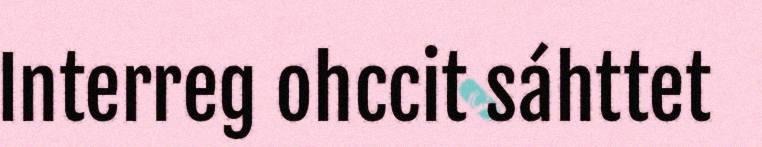
Interreg ohccit sáhttet